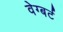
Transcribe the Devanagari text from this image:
वेग्बर्ट